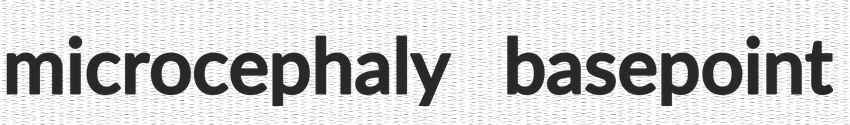
microcephaly basepoint